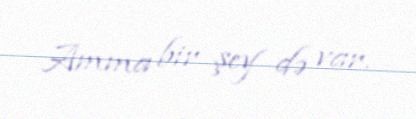
Amma bir şey də var.